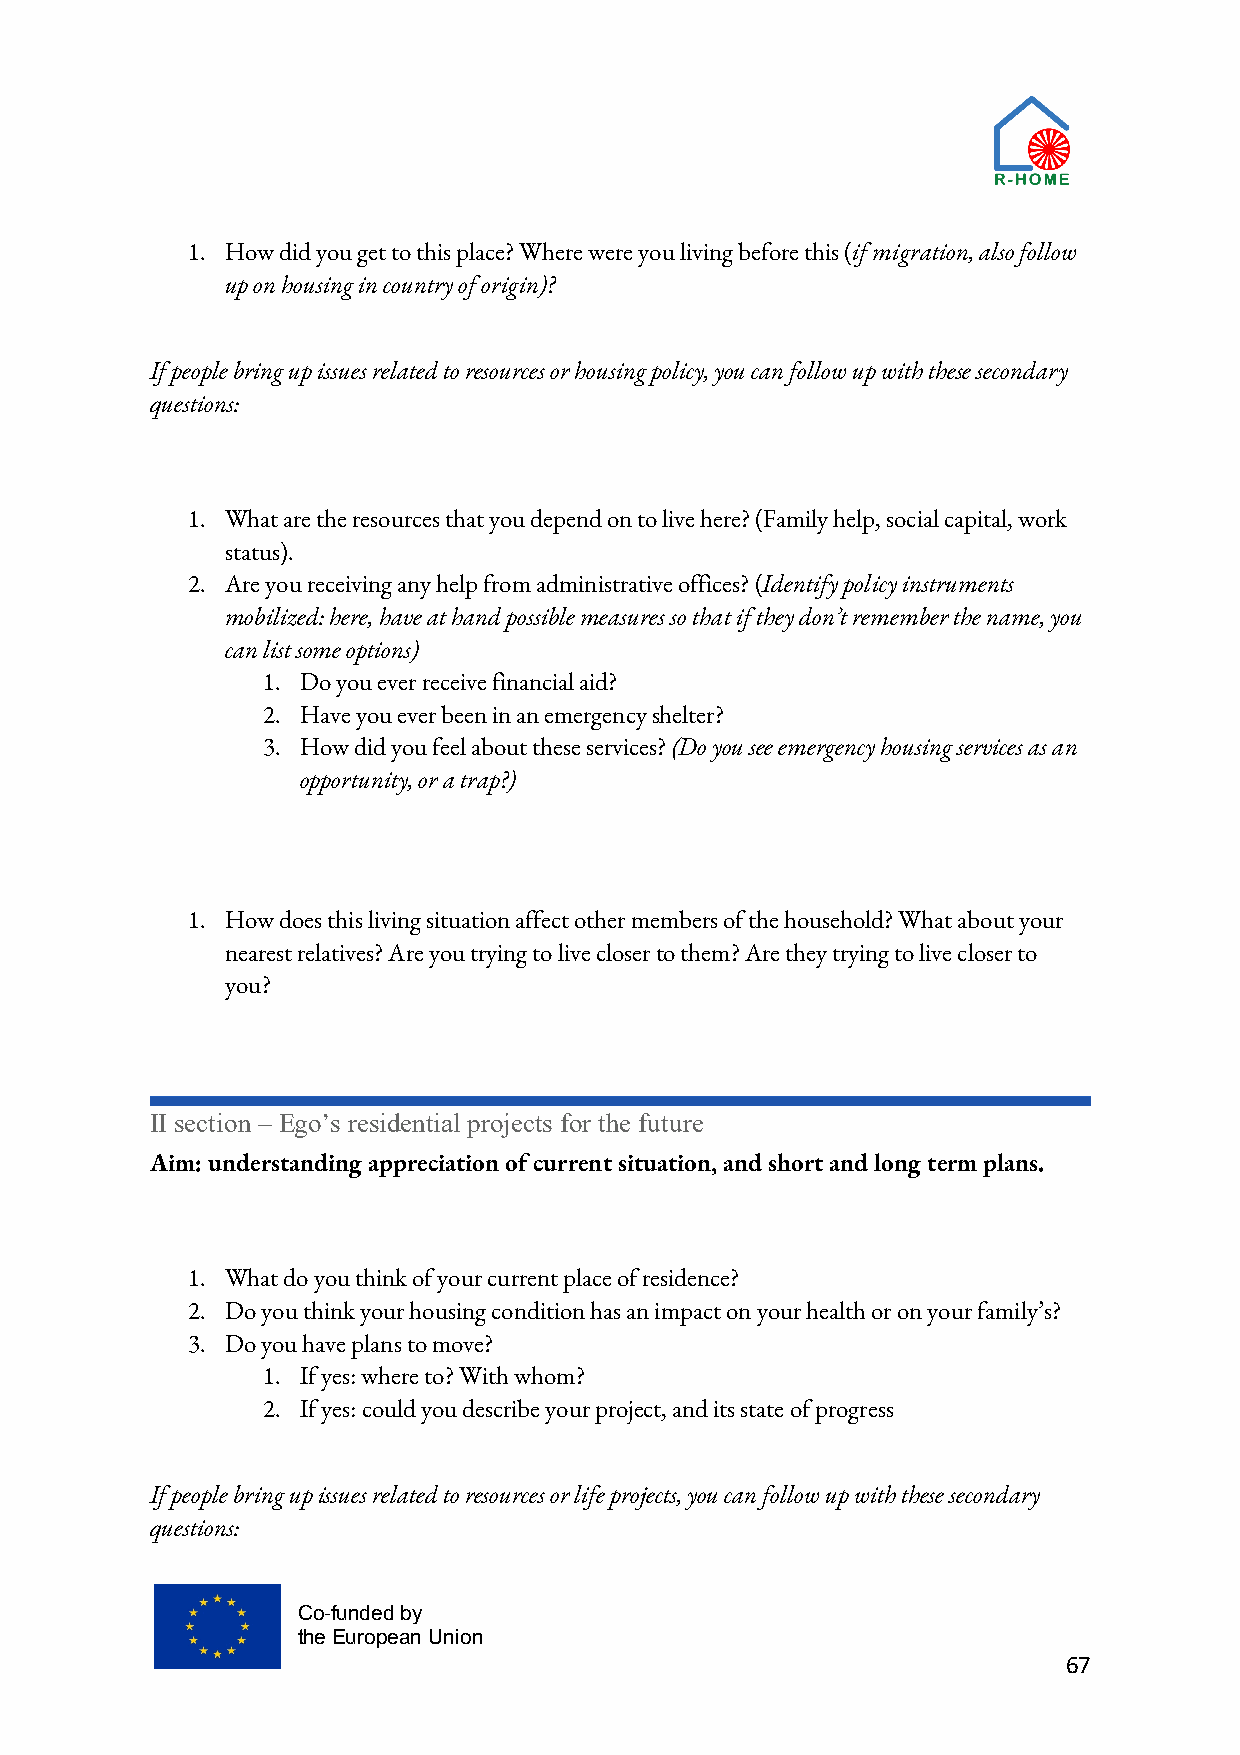
1. How did you get to this place? Where were you living before this (if migration, also follow
 up on housing in country of origin)?
 If people bring up issues related to resources or housing policy, you can follow up with these secondary
 questions:
 1. What are the resources that you depend on to live here? (Family help, social capital, work
 status).
 2. Are you receiving any help from administrative offices? (Identify policy instruments
 mobilized: here, have at hand possible measures so that if they don’t remember the name, you
 can list some options)
 1. Do you ever receive financial aid?
 2. Have you ever been in an emergency shelter?
 3. How did you feel about these services? (Do you see emergency housing services as an
 opportunity, or a trap?)
 1. How does this living situation affect other members of the household? What about your
 nearest relatives? Are you trying to live closer to them? Are they trying to live closer to
 you?
 II section – Ego’s residential projects for the future
 Aim: understanding appreciation of current situation, and short and long term plans.
 1. What do you think of your current place of residence?
 2. Do you think your housing condition has an impact on your health or on your family’s?
 3. Do you have plans to move?
 1. If yes: where to? With whom?
 2. If yes: could you describe your project, and its state of progress
 If people bring up issues related to resources or life projects, you can follow up with these secondary
 questions:
 Co-funded by
 the European Union
 67